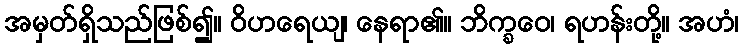
အမှတ်ရှိသည်ဖြစ်၍။ ဝိဟရေယျ၊ နေရာ၏။ ဘိက္ခဝေ၊ ရဟန်းတို့။ အဟံ၊